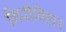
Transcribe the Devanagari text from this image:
गिरीविहार